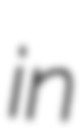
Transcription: in